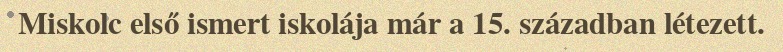
Miskolc első ismert iskolája már a 15. században létezett.